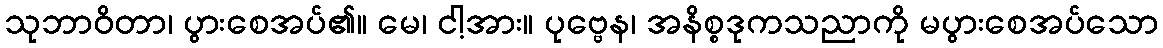
သုဘာဝိတာ၊ ပွားစေအပ်၏။ မေ၊ ငါ့အား။ ပုဗ္ဗေန၊ အနိစ္စဒုကသညာကို မပွားစေအပ်သော